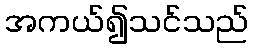
အကယ်၍သင်သည်